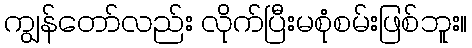
ကျွန်တော်လည်း လိုက်ပြီးမစုံစမ်းဖြစ်ဘူး။